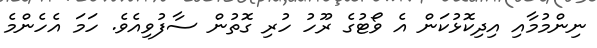
ނިންމުމާއި އިދިކޮޅުކަން އެ ވޯޓުގެ ރޫހު ހުރި ގޮތުން ސާފުވިއެވެ. ހަމަ އެހެންމެ